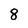
Character: 8